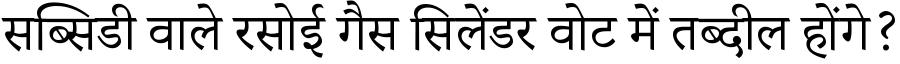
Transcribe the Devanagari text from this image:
सब्सिडी वाले रसोई गैस सिलेंडर वोट में तब्दील होंगे?